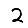
Digit: 2